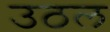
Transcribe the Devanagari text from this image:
उठल